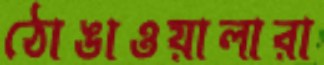
ঠোঙাওয়ালারা